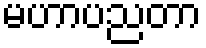
မဟာပညတာ